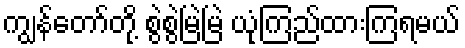
ကျွန်တော်တို့ စွဲစွဲမြဲမြဲ ယုံကြည်ထားကြရမယ်